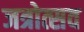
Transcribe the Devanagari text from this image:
जत्रोत्सव